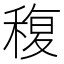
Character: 稪